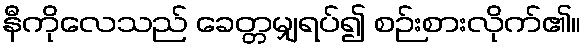
နီကိုလေသည် ခေတ္တမျှရပ်၍ စဉ်းစားလိုက်၏။